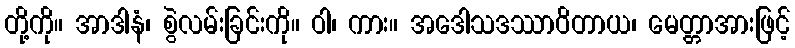
တို့ကို။ အာဒါနံ၊ စွဲလမ်းခြင်းကို။ ဝါ၊ ကား။ အဒေါသဒဿာဝိတာယ၊ မေတ္တာအားဖြင့်